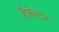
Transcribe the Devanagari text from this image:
हैजेल्टन